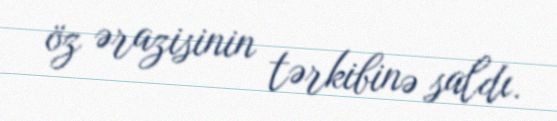
öz ərazisinin tərkibinə saldı.